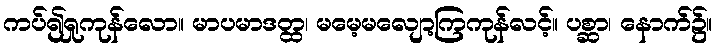
ကပ်၍ရှုကုန်လော။ မာပမာဒတ္ထ၊ မမေ့မလျော့ကြကုန်လင့်။ ပစ္ဆာ၊ နောက်၌။